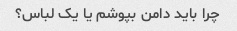
چرا باید دامن بپوشم یا یک لباس؟